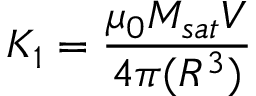
K _ { 1 } = \frac { \mu _ { 0 } M _ { s a t } V } { 4 \pi ( R ^ { 3 } ) }